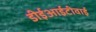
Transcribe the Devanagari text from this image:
डीईआईटीवाई